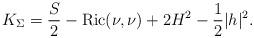
LaTeX: \begin{align*}K_{\Sigma}=\frac{S}{2}-\mathrm{Ric}(\nu, \nu)+ 2H^2-\frac{1}{2}|h|^2.\end{align*}